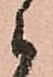
候